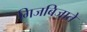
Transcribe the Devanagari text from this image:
गिजबिजाते